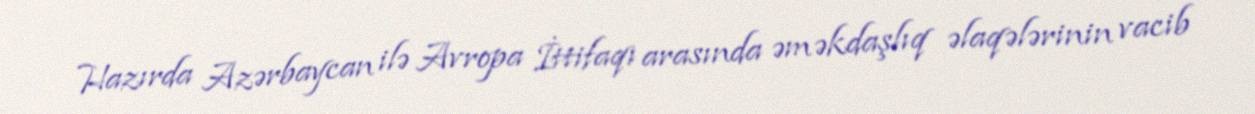
Hazırda Azərbaycan ilə Avropa İttifaqı arasında əməkdaşlıq əlaqələrinin vacib